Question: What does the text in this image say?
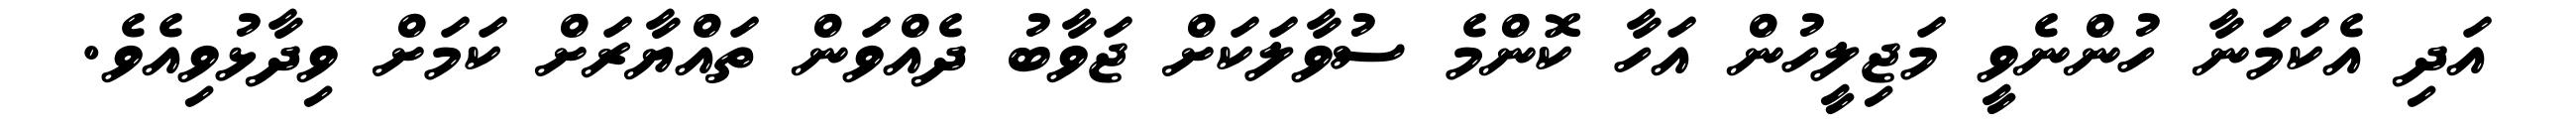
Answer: އަދި އެކަމަނާ ހުންނެވީ މަޖިލީހުން އަހާ ކޮންމެ ސުވާލަކަށް ޖަވާބު ދެއްވަން ތައްޔާރަށް ކަމަށް ވިދާޅުވިއެވެ.